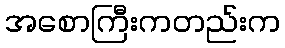
အစောကြီးကတည်းက